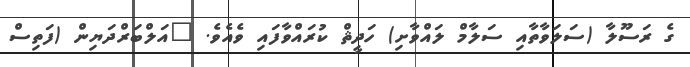
ގެ ރަސޫލާ (ސަލަވާތާއި ސަލާމް ލައްވާށި) ހަދީޘް ކުރައްވާފައި ވެއެވެ. "އަލްބަރްދަޔިން (ފަތިސް